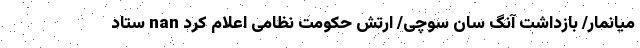
میانمار/ بازداشت آنگ سان سوچی/ ارتش حکومت نظامی اعلام کرد nan ستاد